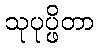
သုပုပ္ဖိတာ